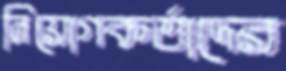
নিয়োগকর্তাদের